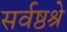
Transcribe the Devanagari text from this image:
सर्वष्ठश्रे